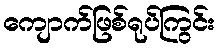
ကျောက်ဖြစ်ရုပ်ကြွင်း